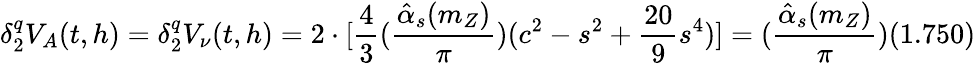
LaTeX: \delta_{2}^{q}V_{A}(t,h)=\delta_{2}^{q}V_{\nu}(t,h)=2\cdot[\frac{4}{3}(\frac{\hat{\alpha}_{s}(m_{Z})}{\pi})(c^{2}-s^{2}+\frac{20}{9}s^{4})]=(\frac{\hat{\alpha}_{s}(m_{Z})}{\pi})(1.750)